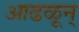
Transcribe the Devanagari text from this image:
आढळून्